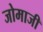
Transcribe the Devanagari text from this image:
जोमाजी